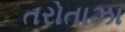
તરોતાઝા